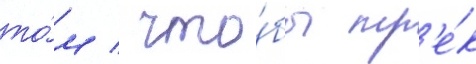
то́м / что́бы тр'е́к